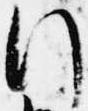
行